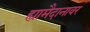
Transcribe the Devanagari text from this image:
ह्यामैदानावर